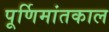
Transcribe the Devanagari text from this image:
पूर्णिमांतकाल